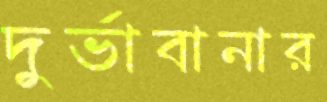
দুর্ভাবানার